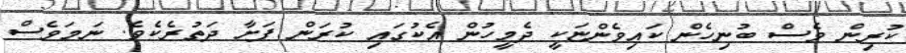
ކުރިން ވެސް ބުނިހެން ކައިވެންޏަކީ ދެމީހުން އެކުގައި ކުރަން ފަށާ ދަތުރެކެވެ. ނަމަވެސް